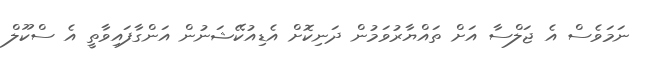
ނަމަވެސް އެ ޖަލްސާ އަށް ތައްޔާރުވަމުން ދަނިކޮށް އެޑިއުކޭޝަނުން އަންގާފައިވާތީ އެ ސްކޫލް